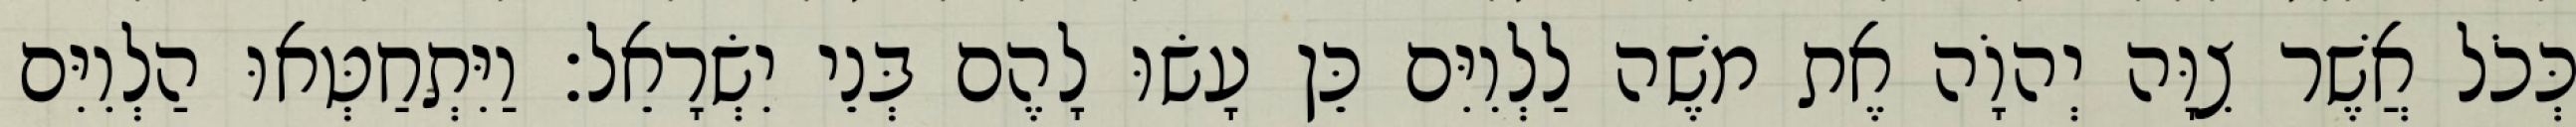
כְּכֹל אֲשֶׁר צִוָּה יְהוָֹה אֶת משֶׁה לַלְוִיִּם כֵּן עָשׂוּ לָהֶם בְּנֵי יִשְׂרָאֵל׃ וַיִּתְחַטְּאוּ הַלְוִיִּם